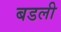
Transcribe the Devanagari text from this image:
बडली